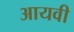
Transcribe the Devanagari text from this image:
आयवी